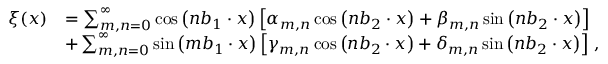
\begin{array} { r l } { \xi ( { \boldsymbol x } ) } & { = \sum _ { m , n = 0 } ^ { \infty } \cos \left( n { \boldsymbol b _ { 1 } } \cdot { \boldsymbol x } \right) \left[ \alpha _ { m , n } \cos \left( n { \boldsymbol b _ { 2 } } \cdot { \boldsymbol x } \right) + \beta _ { m , n } \sin \left( n { \boldsymbol b _ { 2 } } \cdot { \boldsymbol x } \right) \right] } \\ & { + \sum _ { m , n = 0 } ^ { \infty } \sin \left( m { \boldsymbol b _ { 1 } } \cdot { \boldsymbol x } \right) \left[ \gamma _ { m , n } \cos \left( n { \boldsymbol b _ { 2 } } \cdot { \boldsymbol x } \right) + \delta _ { m , n } \sin \left( n { \boldsymbol b _ { 2 } } \cdot { \boldsymbol x } \right) \right] \, , } \end{array}